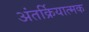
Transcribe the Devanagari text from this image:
अंतर्क्रियात्मक